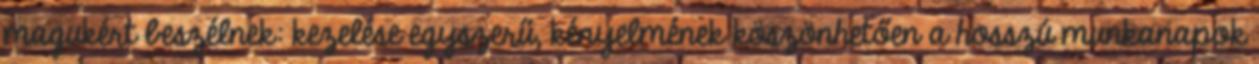
magukért beszélnek: kezelése egyszerű, kényelmének köszönhetően a hosszú munkanapok